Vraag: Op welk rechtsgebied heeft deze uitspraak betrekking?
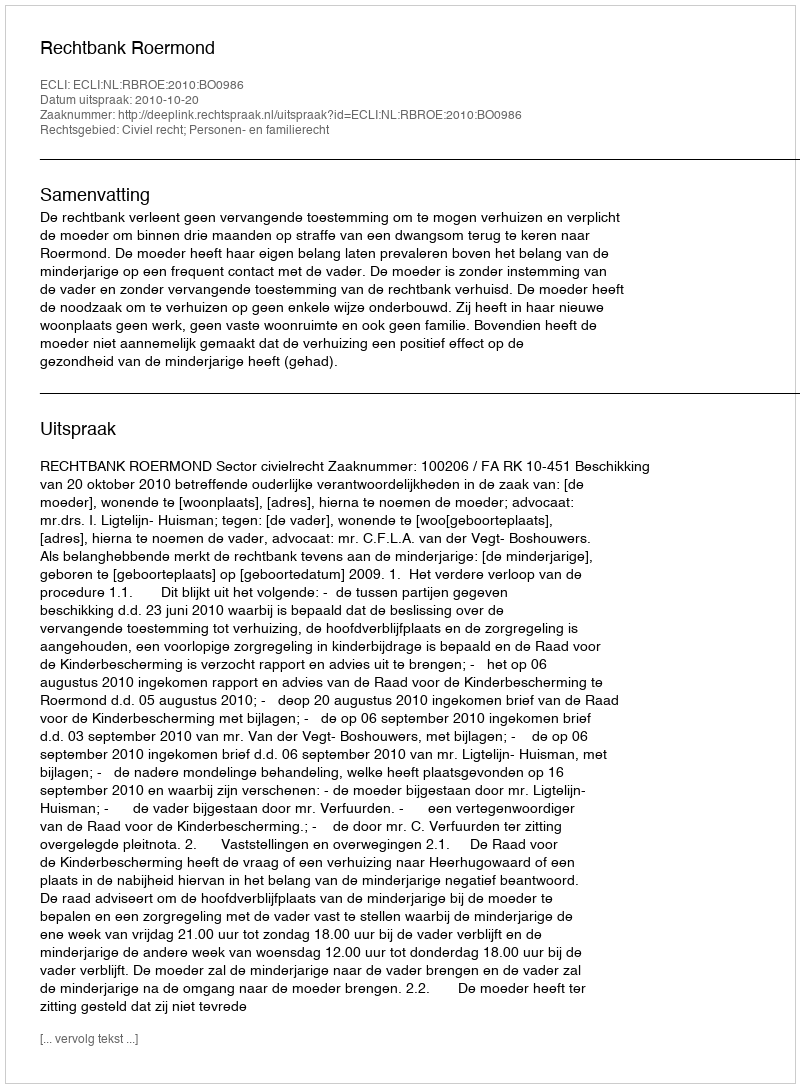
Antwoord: Civiel recht; Personen- en familierecht